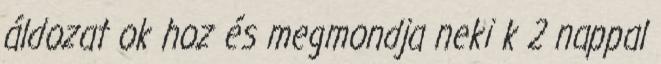
áldozat ok hoz és megmondja neki k 2 nappal